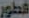
قطور